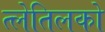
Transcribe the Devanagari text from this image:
त्लेतिलको